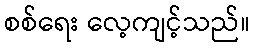
စစ်ရေး လေ့ကျင့်သည်။